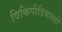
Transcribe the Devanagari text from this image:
विकिपीडियातही